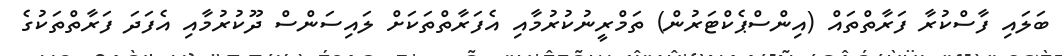
ބަލައި ފާސްކުރާ ފަރާތްތައް (އިންސްޕެކްޓަރުން) ތަމްރީނުކުރުމާއި އެފަރާތްތަކަށް ލައިސަންސް ދޫކުރުމާއި އެފަދަ ފަރާތްތަކުގެ